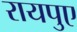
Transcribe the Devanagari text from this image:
रायपुए